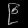
Digit: ၉